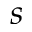
s